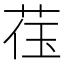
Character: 𬜳